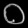
Digit: ၀